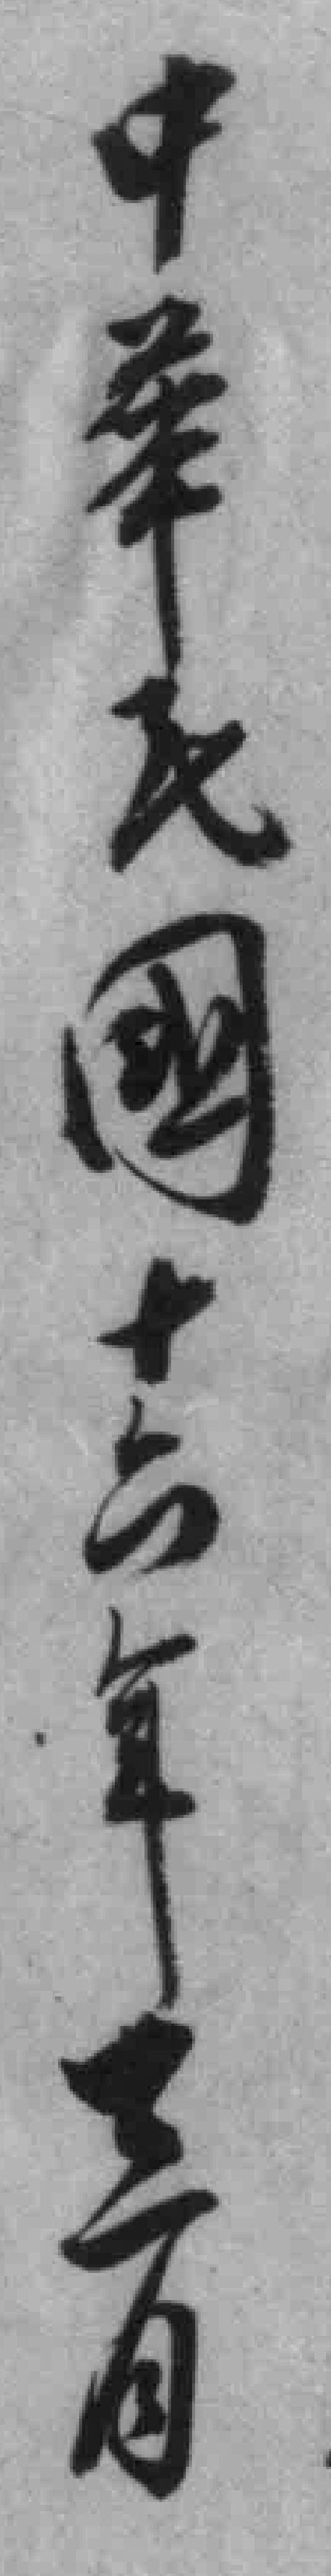
中華民國十六年三月